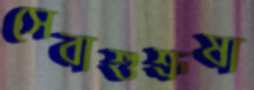
সেবাশুশ্রূষা